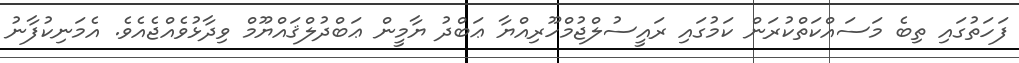
ފަހަތުގައި ތިބެ މަސައްކަތްކުރަން ކަމުގައި ރައީސުލްޖުމްހޫރިއްޔާ ޢަބްދު ޔާމީން ޢަބްދުލްޤައްޔޫމް ވިދާޅުވެއްޖެއެވެ. އެމަނިކުފާނު